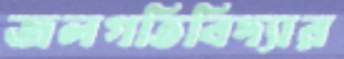
জলগতিবিদ্যার